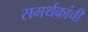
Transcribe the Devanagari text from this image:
समर्थकांची